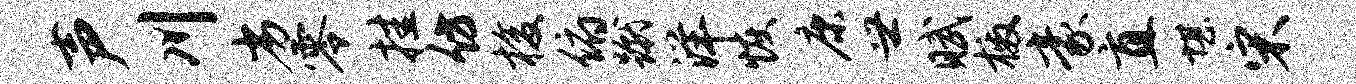
声川劣零挂仿梭俯蹴洋恢康世赋檄豪直堪宋